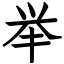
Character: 举